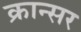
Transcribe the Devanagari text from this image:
क्रान्सर